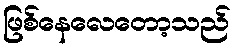
ဖြစ်နေလေတော့သည်